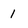
Character: 1